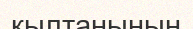
қылтанының